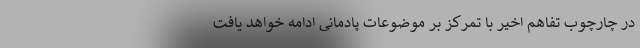
در چارچوب تفاهم اخیر با تمرکز بر موضوعات پادمانی ادامه خواهد یافت